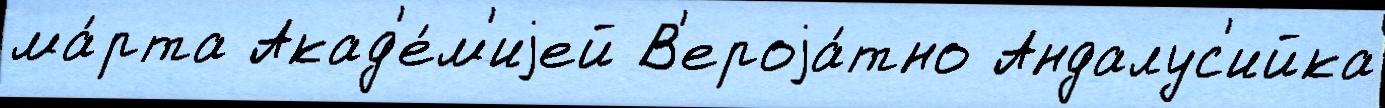
ма́рта Акад'е́м'иjей В'ероjа́тно Андалус'ийка